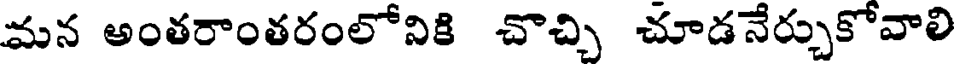
మన అంతరాంతరంలోనికి చొచ్చి చూడనేర్చుకోవాలి